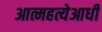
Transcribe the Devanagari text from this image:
आत्महत्येआधी